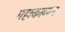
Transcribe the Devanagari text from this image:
महाकाव्यम